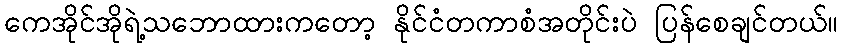
ကေအိုင်အိုရဲ့သဘောထားကတော့ နိုင်ငံတကာစံအတိုင်းပဲ ပြန်စေချင်တယ်။